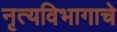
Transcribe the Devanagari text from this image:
नृत्यविभागाचे